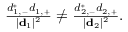
\begin{array} { r } { \frac { d _ { 1 , - } ^ { * } d _ { 1 , + } } { | { \bf d } _ { 1 } | ^ { 2 } } \ne \frac { d _ { 2 , - } ^ { * } d _ { 2 , + } } { | { \bf d } _ { 2 } | ^ { 2 } } . } \end{array}